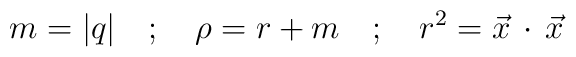
m=|q|    \quad ; \quad \rho=r+m \quad ; \quad r^2 = {\vec x}\,\cdot \, {\vec x}